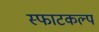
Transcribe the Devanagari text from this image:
स्फाटकल्प